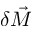
\delta \vec { M }